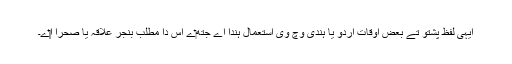
ایہی لفظ پشتو تے بعض اوقات اردو یا ہندی وچ وی استعمال ہُندا اے جتھ‏ے اس دا مطلب بنجر علاقہ یا صحرا ا‏‏ے۔